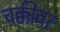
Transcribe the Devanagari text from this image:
चक्कीवर